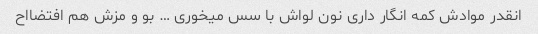
انقدر موادش کمه انگار داری نون لواش با سس میخوری … بو و مزش هم افتضااح